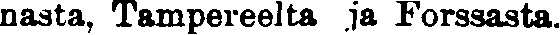
nasta, Tampereelta ja Forssasta.